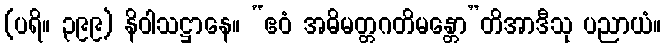
(ပရိ။ ၃၉၉) နိဝါသဋ္ဌာနေ။ “ဧဝံ အဓိမတ္တဂတိမန္တော”တိအာဒီသု ပညာယံ။